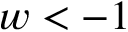
w < - 1